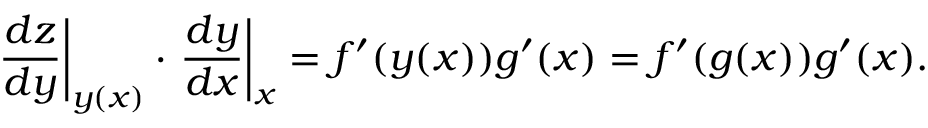
\left. { \frac { d z } { d y } } \right| _ { y ( x ) } \cdot \left. { \frac { d y } { d x } } \right| _ { x } = f ^ { \prime } ( y ( x ) ) g ^ { \prime } ( x ) = f ^ { \prime } ( g ( x ) ) g ^ { \prime } ( x ) .